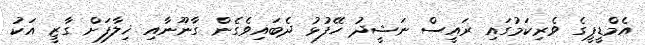
އެމްޑީޕީގެ ވެރިކަމުގައި ރައީސް ނަޝީދު ހޭފުޅު ދެބައިވެގެން ގާނޫނާއި ޚިލާފަށް ގާޒީ އަކު